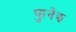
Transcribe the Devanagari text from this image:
फुनेझ